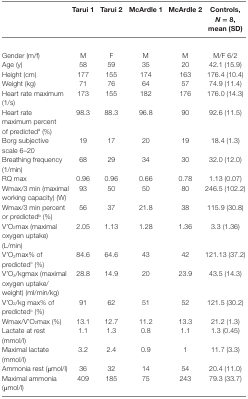
|  | Tarui 1 | Tarui 2 | McArdle 1 | McArdle 2 | Controls, N = 8, mean (SD) |
 | --- | --- | --- | --- | --- | --- |
 | Gender (m/f) | M | F | M | M | M/F 6/2 |
 | Age (y) | 58 | 59 | 35 | 20 | 42.1 (15.9) |
 | Height (cm) | 177 | 155 | 174 | 163 | 176.4 (10.4) |
 | Weight (kg) | 71 | 76 | 64 | 57 | 74.9 (11.4) |
 | Heart rate maximum (1/s) | 173 | 155 | 182 | 176 | 176.0 (14.3) |
 | Heart rate maximum percent of predicteda (%) | 98.3 | 88.3 | 96.8 | 90 | 92.6 (11.5) |
 | Borg subjective scale 6–20 | 19 | 17 | 20 | 19 | 18.4 (1.3) |
 | Breathing frequency (1/min) | 68 | 29 | 34 | 30 | 32.0 (12.0) |
 | RQ max | 0.96 | 0.96 | 0.66 | 0.78 | 1.13 (0.07) |
 | Wmax/3 min (maximal working capacity) (W) | 93 | 50 | 50 | 80 | 246.5 (102.2) |
 | Wmax/3 min percent or predictedb (%) | 56 | 37 | 21.8 | 38 | 115.9 (30.8) |
 | V’O2max (maximal oxygen uptake) (L/min) | 2.05 | 1.13 | 1.28 | 1.36 | 3.3 (1.36) |
 | V’O2max% of predictedc (%) | 84.6 | 64.6 | 43 | 42 | 121.13 (37.2) |
 | V’O2/kgmax (maximal oxygen uptake/weight) (ml/min/kg) | 28.8 | 14.9 | 20 | 23.9 | 43.5 (14.3) |
 | V’O2/kg max% of predictedc (%) | 91 | 62 | 51 | 52 | 121.5 (30.2) |
 | Wmax/V’O2max (%) | 13.1 | 12.7 | 11.2 | 13.3 | 21.2 (1.3) |
 | Lactate at rest (mmol/l) | 1.1 | 1.3 | 0.8 | 1.1 | 1.3 (0.45) |
 | Maximal lactate (mmol/l) | 3.2 | 2.4 | 0.9 | 1 | 11.7 (3.3) |
 | Ammonia rest (μmol/l) | 36 | 32 | 14 | 54 | 20.4 (11.0) |
 | Maximal ammonia (μmol/l) | 409 | 185 | 75 | 243 | 79.3 (33.7) |